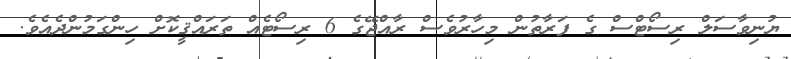
ޔުނިވާސަލް ރިސޯޓްސް ގެ ފަރާތުން މިހާރުވެސް ރާއްޖޭގެ 6 ރިސޯޓެއް ތަރައްޤީކޮށް ހިންގަމުންދެއެވެ.